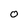
Character: 0